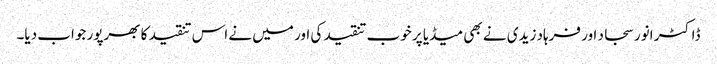
ڈاکٹر انور سجاد اور فرہاد زیدی نے بھی میڈیا پر خوب تنقید کی اور میں نے اس تنقید کا بھرپور جواب دیا۔